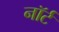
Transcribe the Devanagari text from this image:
नॉर्ट